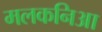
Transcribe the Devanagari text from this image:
मलकनिआ